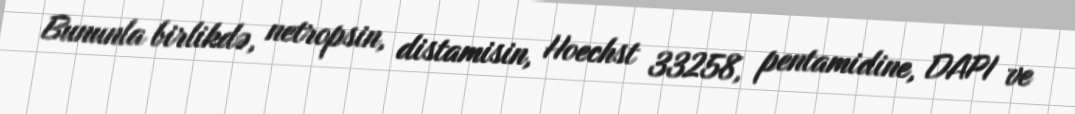
Bununla birlikdə, netropsin, distamisin, Hoechst 33258, pentamidine, DAPI ve